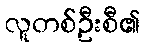
လူတစ်ဦးစီ၏